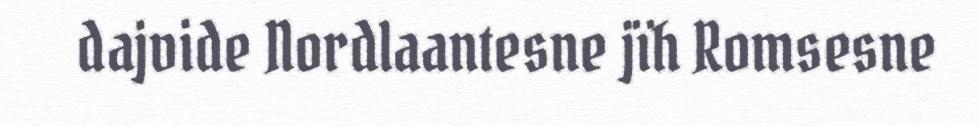
dajvide Nordlaantesne jïh Romsesne